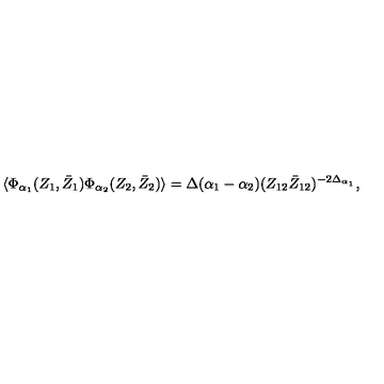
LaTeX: \langle \Phi _ { \alpha _ { 1 } } ( Z _ { 1 } , \bar { Z } _ { 1 } ) \Phi _ { \alpha _ { 2 } } ( Z _ { 2 } , \bar { Z } _ { 2 } ) \rangle = \Delta ( \alpha _ { 1 } - \alpha _ { 2 } ) ( Z _ { 1 2 } \bar { Z } _ { 1 2 } ) ^ { - 2 \Delta _ { \alpha _ { 1 } } } ,